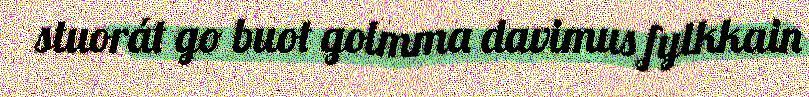
stuorát go buot golmma davimus fylkkain